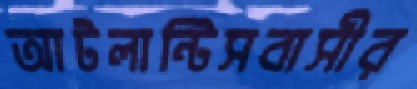
আটলান্টিসবাসীর